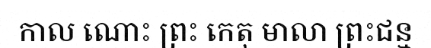
កាល ណោះ ព្រះ កេតុ មាលា ព្រះជន្ម